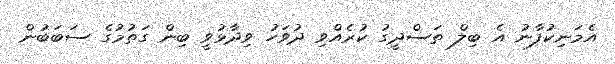
އެމަނިކުފާނު އެ ބިލް ތަސްދީގު ކުރެއްވި ދުވަހު ވިދާޅުވީ ބިން ގަތުމުގެ ސަބަބުން